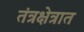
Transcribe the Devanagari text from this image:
तंत्रक्षेत्रात